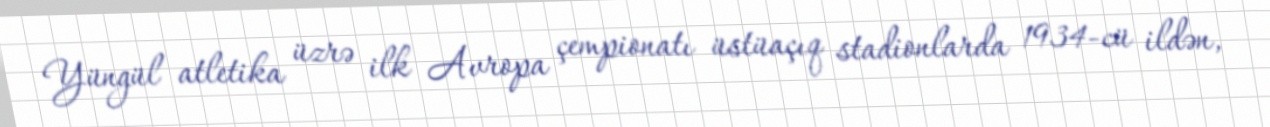
Yüngül atletika üzrə ilk Avropa çempionatı üstüaçıq stadionlarda 1934-cü ildən,